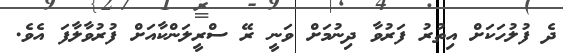
ދެ ފުލުހަކަށް އިތުރު ފަރުވާ ދިނުމަށް ވަނީ ރޭ ސްރީލަންކާއަށް ފުރުވާލާފަ އެވެ.